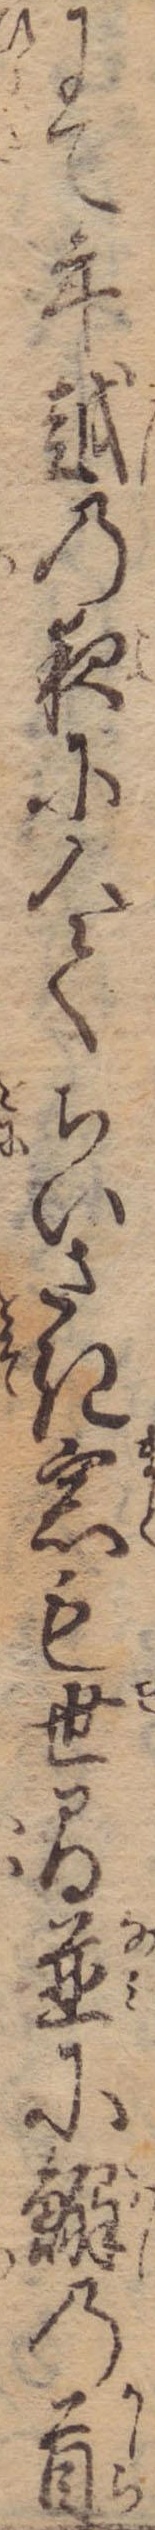
にて年越の夜に入てちいさき窓も世間並に鰯の首